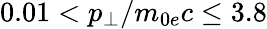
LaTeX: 0.01<p_{\perp}/m_{0e}c\leq 3.8